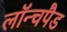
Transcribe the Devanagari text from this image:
लॉन्चपैड